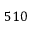
5 1 0